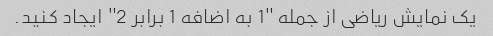
یک نمایش ریاضی از جمله "1 به اضافه 1 برابر 2" ایجاد کنید.